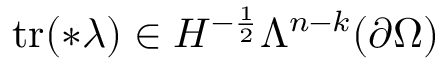
\mathrm { t r } ( \ast \lambda ) \in H ^ { - \frac { 1 } { 2 } } \Lambda ^ { n - k } ( \partial \Omega )